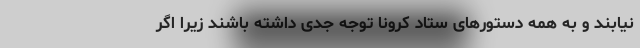
نیابند و به همه دستورهای ستاد کرونا توجه جدی داشته باشند زیرا اگر